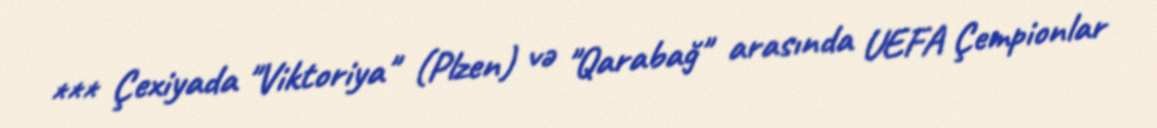
*** Çexiyada "Viktoriya" (Plzen) və "Qarabağ" arasında UEFA Çempionlar